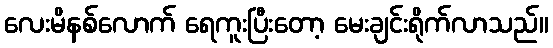
လေးမိနစ်လောက် ရေကူးပြီးတော့ မေးချင်းရိုက်လာသည်။